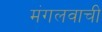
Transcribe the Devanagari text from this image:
मंगलवाची